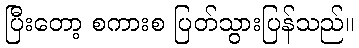
ပြီးတော့ စကားစ ပြတ်သွားပြန်သည်။